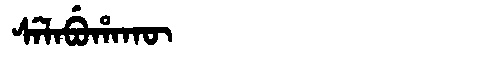
Manchu: ᠰᡝᠯᠠᠪᡠᡥᠠᡴᡡ
Romanization: SELABUHAKŪ